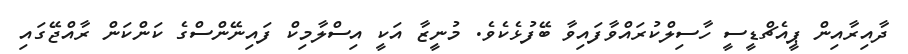
ދާއިރާއިން ޕީއެޗްޑީސީ ހާސިލްކުރައްވާފައިވާ ބޭފުޅެކެވެ. މުނީޒާ އަކީ އިސްލާމިކް ފައިނޭންސްގެ ކަންކަން ރާއްޖޭގައި